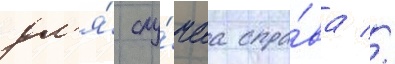
дл'я́ слу́чаа спра́ва //